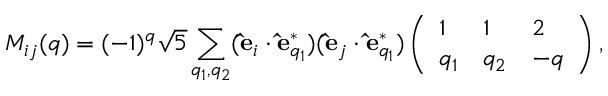
M _ { i j } ( q ) = ( - 1 ) ^ { q } \sqrt { 5 } \sum _ { q _ { 1 } , q _ { 2 } } ( \mathbf { \hat { e } } _ { i } \cdot \mathbf { \hat { e } } _ { q _ { 1 } } ^ { * } ) ( \mathbf { \hat { e } } _ { j } \cdot \mathbf { \hat { e } } _ { q _ { 1 } } ^ { * } ) \left( \begin{array} { l l l } { 1 } & { 1 } & { 2 } \\ { q _ { 1 } } & { q _ { 2 } } & { - q } \end{array} \right) ,